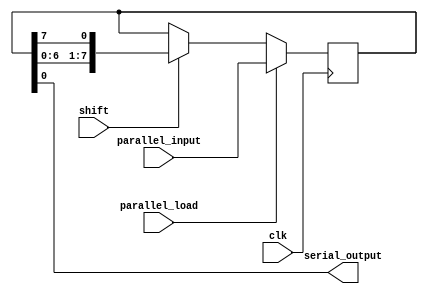
module parallel_in_serial_out (
  input wire clk,
  input wire parallel_load,
  input wire shift,
  input wire [7:0] parallel_input,
  output reg serial_output
);

reg [7:0] reg_data;

always @(posedge clk) begin
  if (parallel_load) begin
    reg_data <= parallel_input;
  end else if (shift) begin
    reg_data <= {reg_data[6:0], reg_data[7]};
  end
end

assign serial_output = reg_data[0];

endmodule